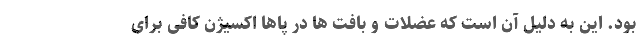
بود. این به دلیل آن است که عضلات و بافت ها در پاها اکسیژن کافی برای